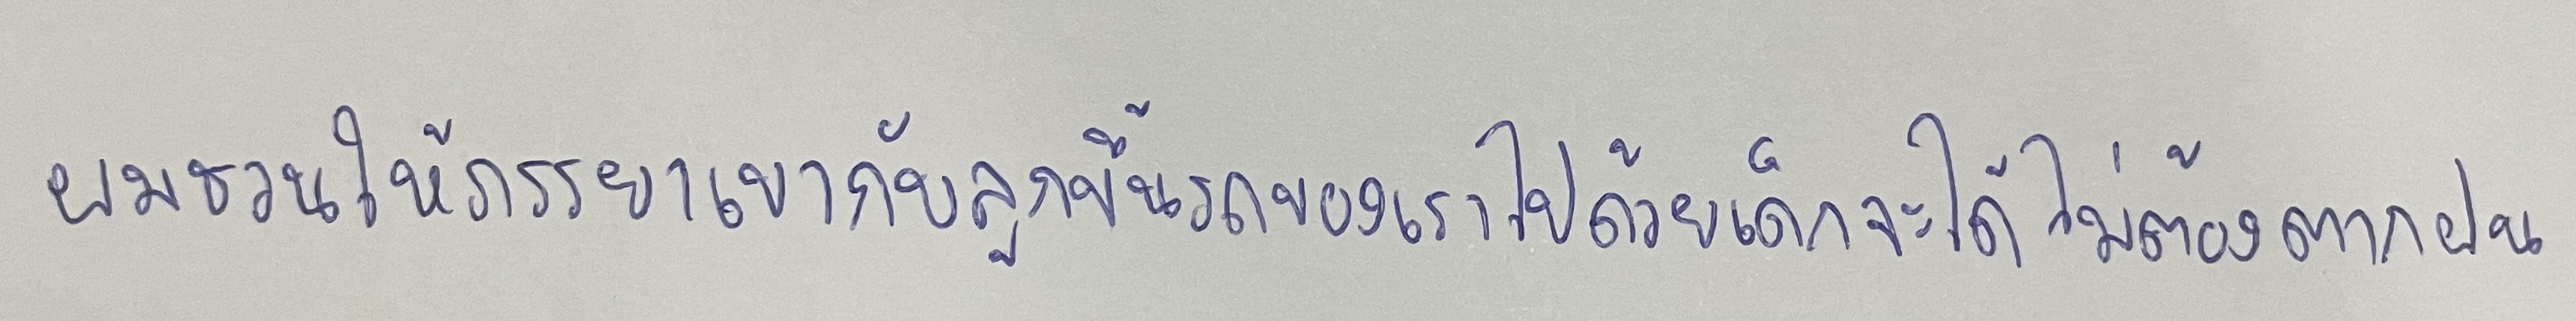
"ผมชวนให้ภรรยาเขากับลูกขึ้นรถของเราไปด้วยเด็กจะได้ไม่ต้องตากฝน